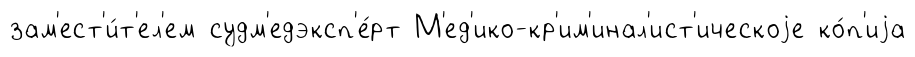
зам'ест'и́т'ел'ем судм'едэксп'е́рт М'ед'ико-кр'им'инал'ист'ическоjе ко́п'иjа